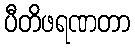
ပီတိဖရဏတာ